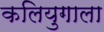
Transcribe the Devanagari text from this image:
कलियुगाला